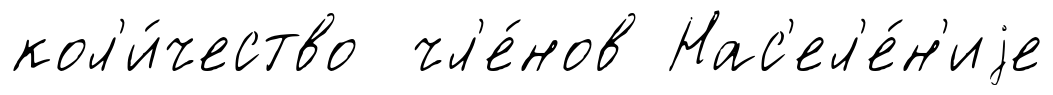
кол'и́чество чл'е́нов Нас'ел'е́н'иjе